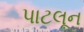
પાટલૂન